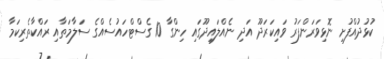
ކުޅުދުއްފުށި ނޮޅިވަރަންފަރު ވައިކަރަދޫ އަދި ނެއްލައިދޫގައި ހިންގާ 10 ގެސްޓްހައުސެއްގެ ސަލާމަތާއި ރައްކާތެރިކަމާ